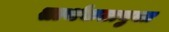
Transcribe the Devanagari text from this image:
सार्थकतायुक्त